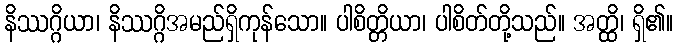
နိဿဂ္ဂိယာ၊ နိဿဂ္ဂိအမည်ရှိကုန်သော။ ပါစိတ္တိယာ၊ ပါစိတ်တို့သည်။ အတ္ထိ၊ ရှိ၏။